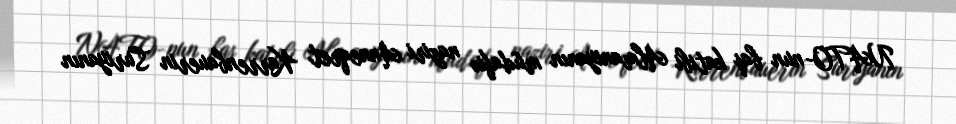
NATO-nun baş katibi Almaniyanın müdafiə naziri Anneqret Karrenbauerin Suriyanın